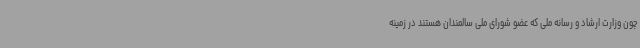
چون وزارت ارشاد و رسانه ملی که عضو شورای ملی سالمندان هستند در زمینه